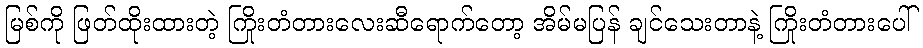
မြစ်ကို ဖြတ်ထိုးထားတဲ့ ကြိုးတံတားလေးဆီရောက်တော့ အိမ်မပြန် ချင်သေးတာနဲ့ ကြိုးတံတားပေါ်